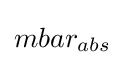
\textstyle mbar_{abs}